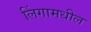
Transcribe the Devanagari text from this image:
लिंगामधील